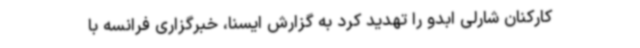
کارکنان شارلی ابدو را تهدید کرد به گزارش ایسنا، خبرگزاری فرانسه با